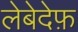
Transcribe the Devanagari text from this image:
लेबेदेफ़